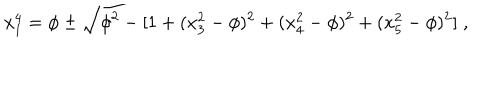
x _ { 1 } ^ { 4 } = \phi \pm \sqrt { \phi ^ { 2 } - [ 1 + ( x _ { 3 } ^ { 2 } - \phi ) ^ { 2 } + ( x _ { 4 } ^ { 2 } - \phi ) ^ { 2 } + ( x _ { 5 } ^ { 2 } - \phi ) ^ { 2 } ] } \; ,